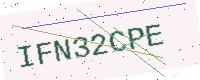
Text: IFN32CPE